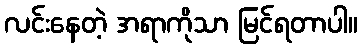
လင်းနေတဲ့ အရာကိုသာ မြင်ရတာပါ။